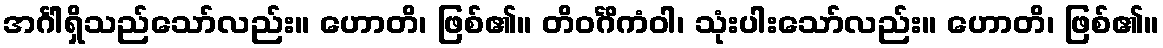
အင်္ဂါရှိသည်သော်လည်း။ ဟောတိ၊ ဖြစ်၏။ တိဝင်္ဂိကံဝါ၊ သုံးပါးသော်လည်း။ ဟောတိ၊ ဖြစ်၏။